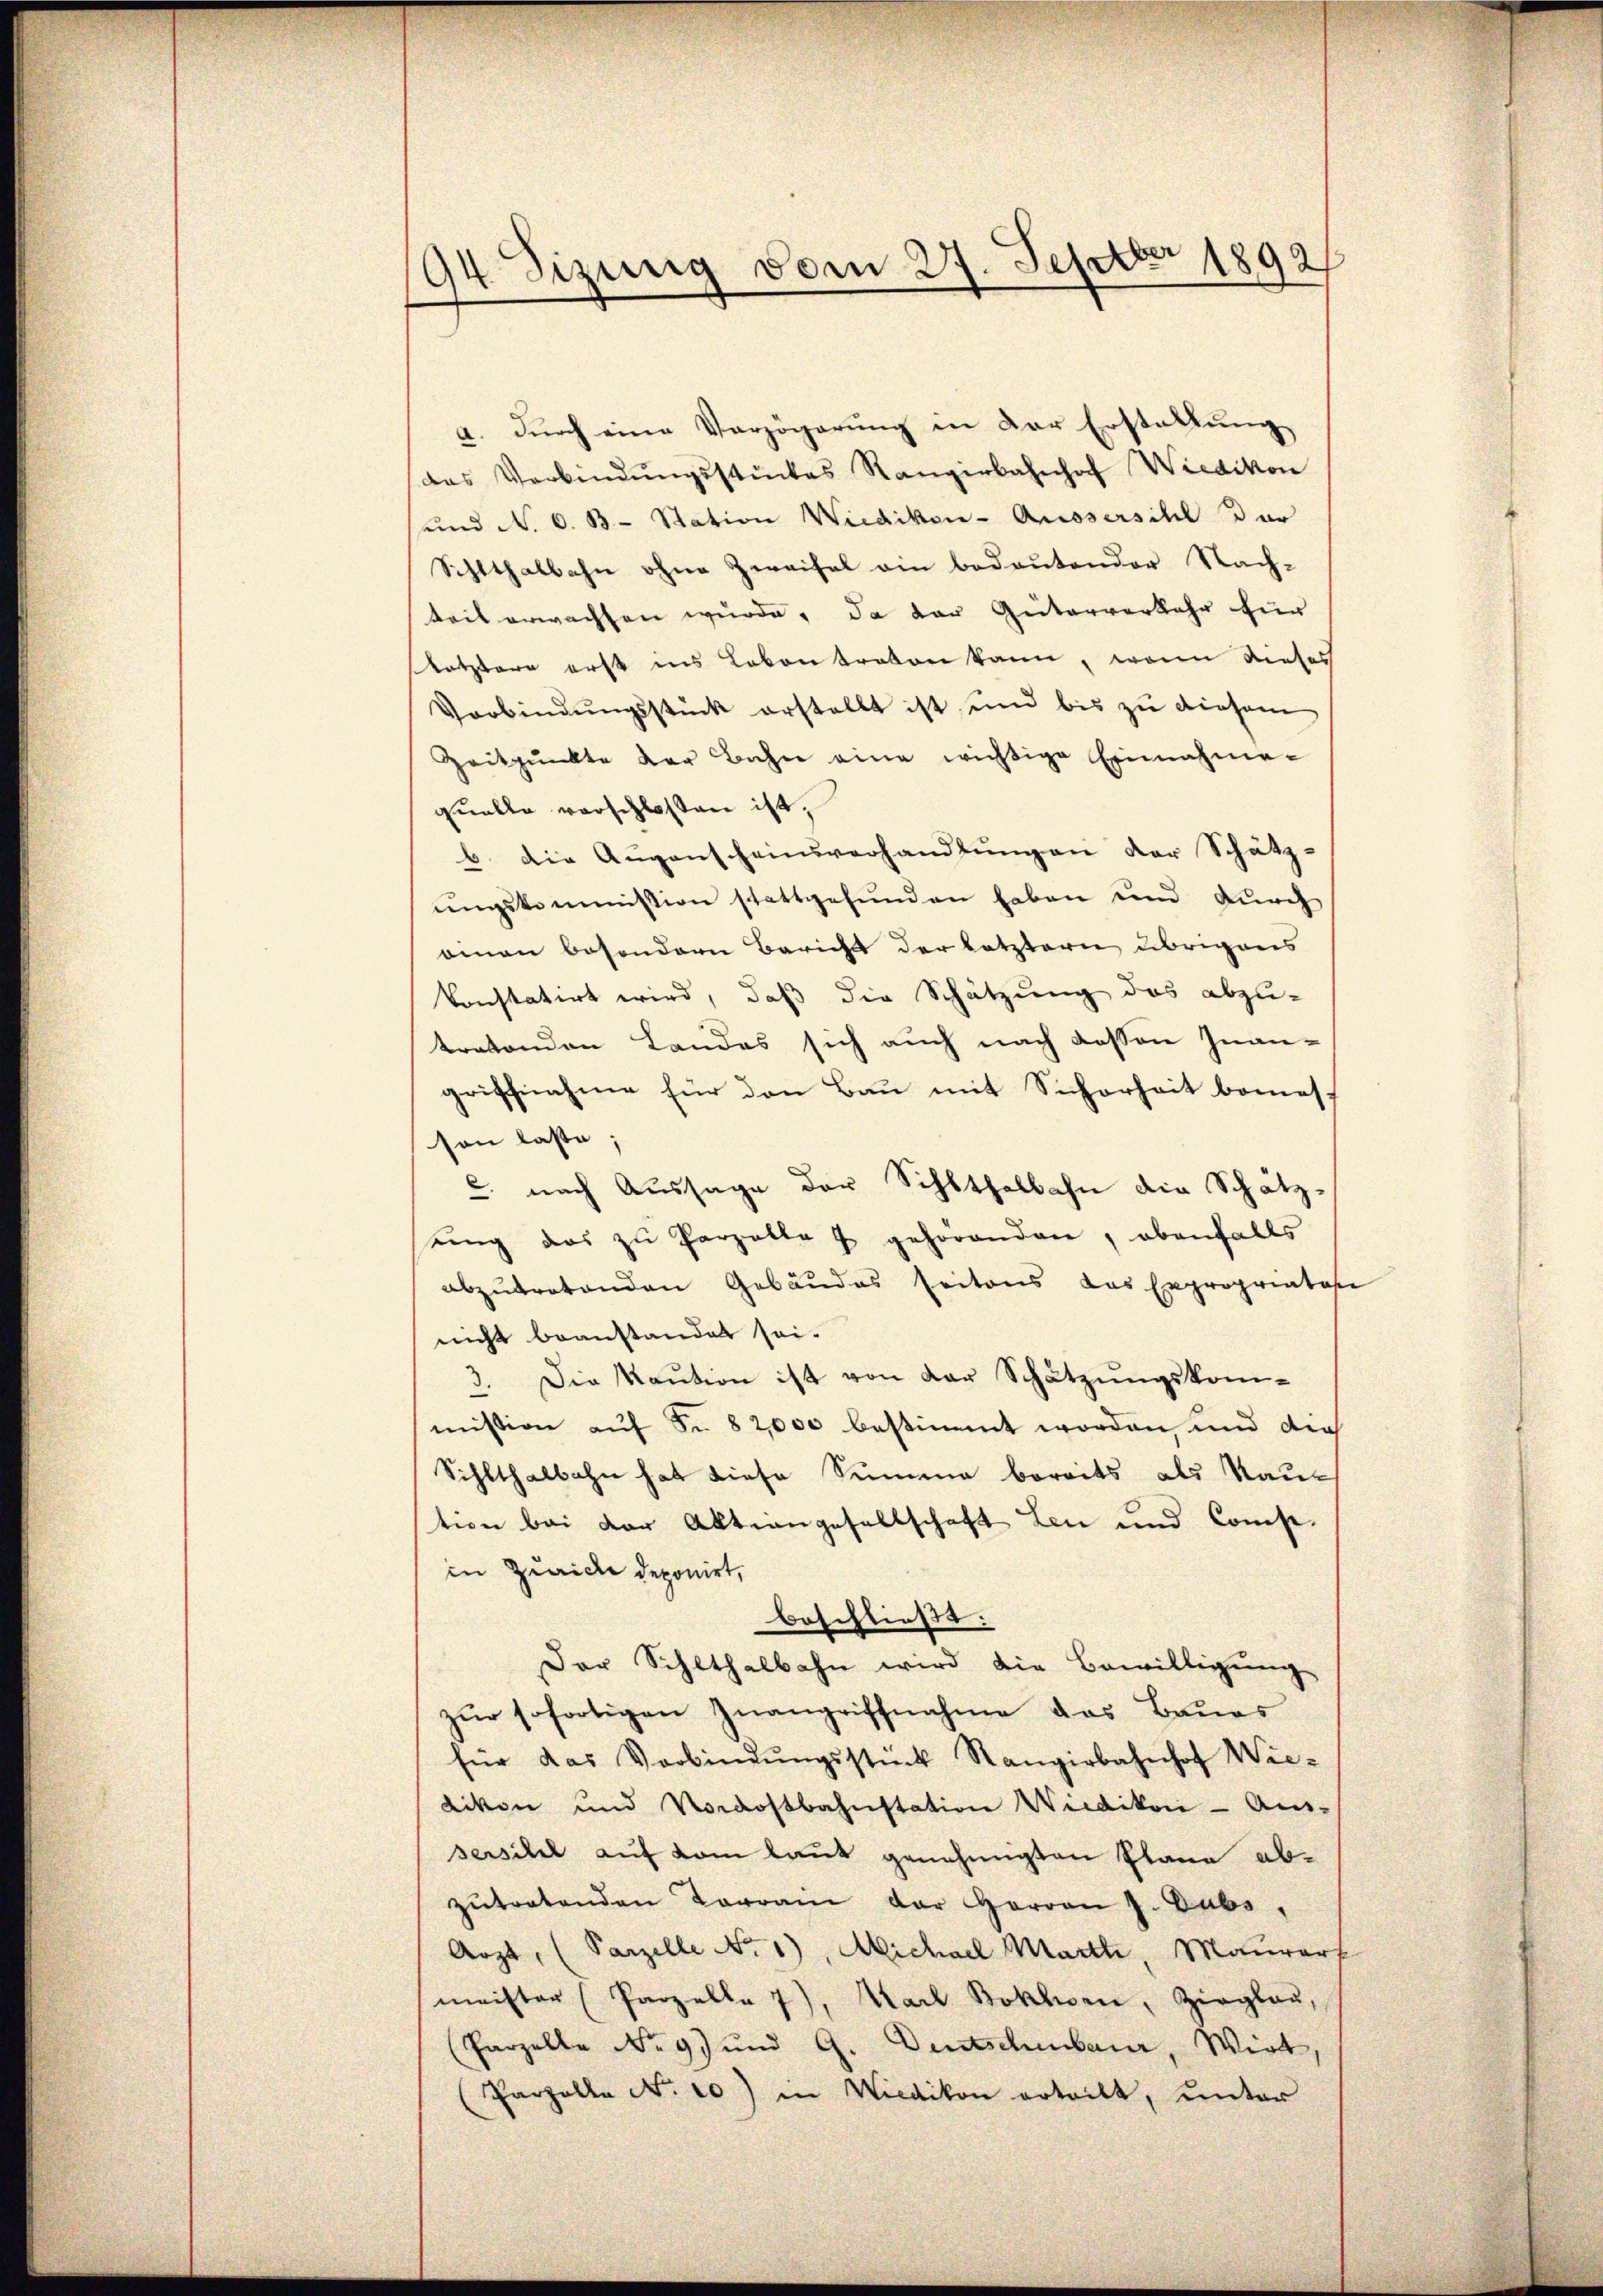
94 Sizung vom 27. Septbr 1892

a. durch eine Verzögerung in der Erstaltung
das Verbindŭngsstückes Rangirbahnhof Wiedikon
und N. O. B. Station Wiedikon - Aussersihl vor
Schlthalbahn ohne Zweifel ein bedeutender Nach-
teil erwachsen wurde, da der Güterverkehr für
letztere erst ins Leben traton kann, wenn dieses
Verbindŭngsstück erstellt ist und bis zŭ diesem
Zeitpunkte der Bahn eine wichtige Einnahme-
quelle vorschlossen ist,
b. Die Augenscheinsverhandlungen der Schätz-
ungskommission schattgefunden haben und durch
onnen besondern Bericht der letztern übrigens
konstatirt wird, daß die Schätzung des abzu-
tretenden Landes sich auch nach dessen Inangriffnahme für den Bau mit Sicherheit bemest
son lasse;
c. nach Aussage der Schlthalbahn die Schätzŭng das zu Parzelle u gehörenden, ebenfalls
abzŭtretenden Gebäudes seitens das Expropriatos
nicht beanstandet sei.
3. Die Kaŭtion ist von der Schatzŭngskom-
mission auf Fr. 82,000 bestimmt worden, und dies
Sihlthalbahn hat diese Summe bereits als Raution bei der Aktiengesellschaft Len und Conse-
in Zürich deponirt,
beschließt:
Der Schlthalbahn wird die Bewilligŭng
zŭr sofortigen Zwangriffnahme das Baues
für das Verbindŭngsstück Rangirbahnhof Wie-
Likon und Nordostbahnstation Wiedikon - Aus-
sersitel auf dem laut genehmigten Plane abzŭtretenden Tarram der Herrn J. Dubs,
Arzt, (Parzelle No. 1), Michael Marth, Maurarf
meister (Parzelle 7), Marl Boklesen, Zieglau,
(Parzelle No 9 und 9. Deutschenbauer, Wirt
Parzelle No. 20) in Wiedikon erteilt, unter